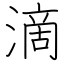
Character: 滴